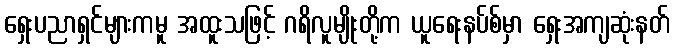
ရှေးပညာရှင်များကမူ အထူးသဖြင့် ဂရိလူမျိုးတို့က ယူရေးနပ်စ်မှာ ရှေးအကျဆုံးနတ်